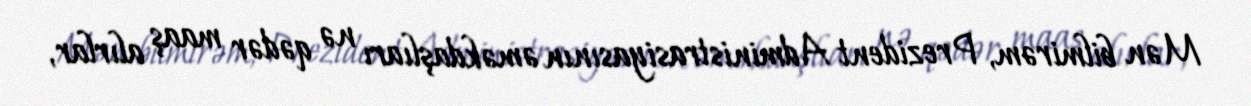
Mən bilmirəm, Prezident Administrasiyasının əməkdaşlıarı nə qədər maaş alırlar,